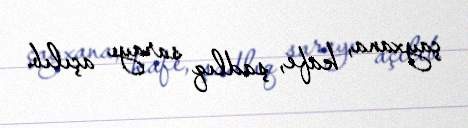
çayxana, kafe, şadlıq sarayı açılıb.